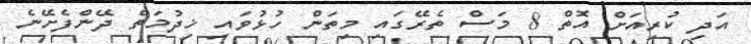
އަދި ކުރިއަށް އޮތް 8 މަސް ތެރޭގައި މިތަން ހުޅުވައި ޚިދުމަތް ދޭންފެށޭނެ